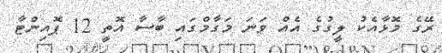
ރޭގެ މޮޅާއެކު ލީގުގެ އެއް ވަނަ މަގާމްގައި ބާސާ އޮތީ 12 ޕޮއިންޓާ